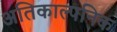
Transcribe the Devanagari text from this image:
अतिकाल्पनिक